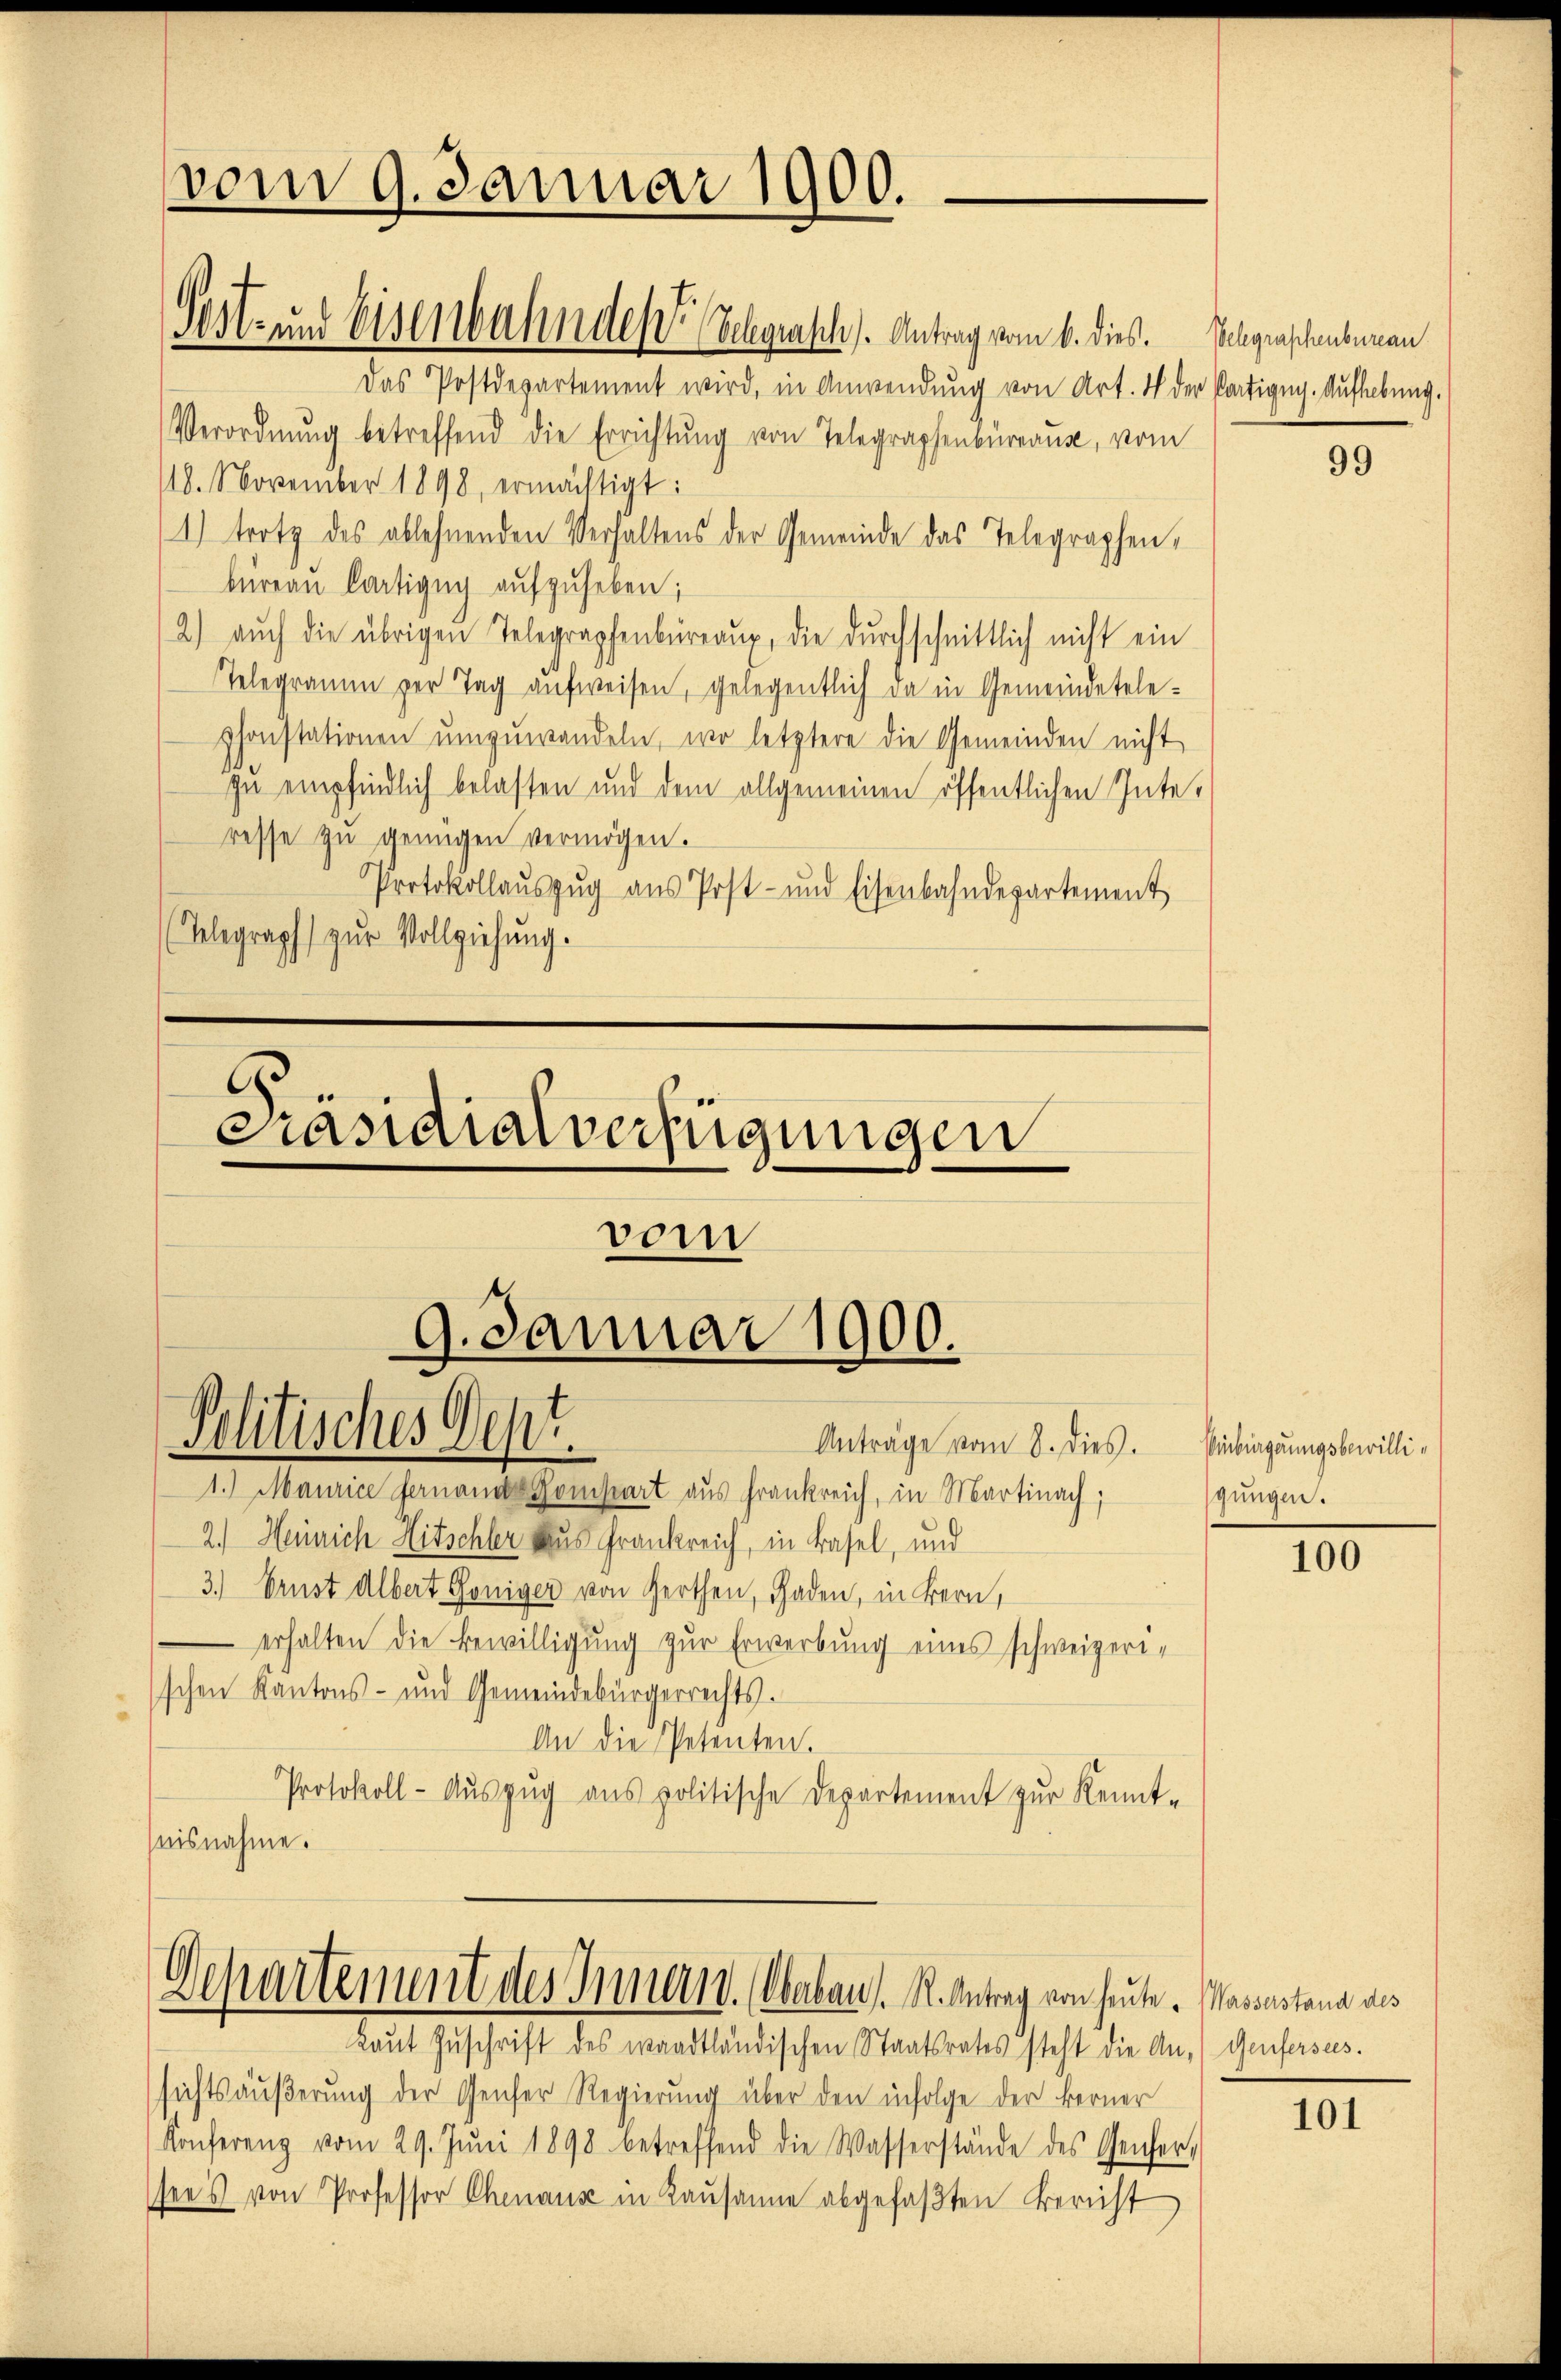
Gost- und Eisenbahndes Schgrasch. Antrag vom 6. dies. Vilgraschenbean
Das Postdepartement wird, in Anwendung von Art. 4 der Partigug. Aufhebung.
Verordnŭng betreffend die Errichtŭng von Telegraphenbüreaus, vom
18. November 1898, ermächtigt:
1) trotz des ablehnenden Verhaltens der Gemeinde das Telegraphen,
büreaŭ Cartigny aufzuheben;
2) aŭch die übrigen Telegraphenbüreaŭg, die durchschnittlich nicht ein
Telegramm der Tag aufweisen, gelegentlich da in Gemeindetele-
Ponstationen umzuwandeln, wo letztere die Gemeinden nicht
zu empfindlich belasten und dem allgemeinen öffentlichen Gute,
resse zŭ genügen vermögen.
Protokollauszug aus Post- und Eisenbahndepartement
(Telegraph zur Vollziehung.

vom 9. Januar 1900.

.
Präsidialverfügungen

vom
9. Januar 1900.
Politisches Sept.
Anträge vom 8. dies.

1.) Maurice fernande Kompart aus Frankreich, in Martinach;
2.) Heinrich Hitschler aus Frankreich, in Basel, und
3.) Ernst Albert Göniger von Gerthen, Gaden, in Bern,
erhalten die Bewilligung zur Erwerbung eines schweizerischen Kantons- und Gemeindebürgerrechts.
An die Petenten.
Protokoll- Aŭszŭg ans politische Departement zŭr Kennt-
nisnahme.

Departement des Innern. Oberbau, K. Antrag von heute Massastana aus

Laŭt Zŭschrift des waadtländischen Staatsrates steht die An- (Genfersees.
sichtsäußerung der Genfer Regierung über den infolge der Ferner
Konferenz vom 29. Jŭni 1898 betreffend die Wasserstände des Gener,
sees von Professor Chenaus in Kaŭsanne abgefaβten Bericht

99

Einbürgerungsbewilligungen.

100

101